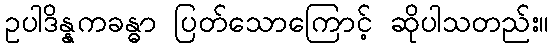
ဥပါဒိန္နကခန္ဓာ ပြတ်သောကြောင့် ဆိုပါသတည်း။